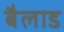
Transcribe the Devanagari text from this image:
बैलाड